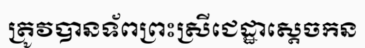
ត្រូវបានទ័ពព្រះស្រីជេដ្ឋាស្តេចកន